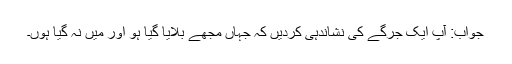
جواب: آپ ایک جرگے کی نشاندہی کردیں کہ جہاں مجھے بلایا گیا ہو اور میں نہ گیا ہوں۔